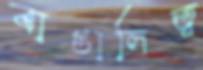
বাঙালিত্ব